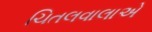
ચિતલવાલાએ